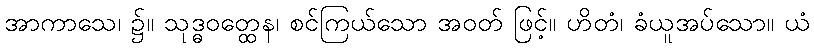
အာကာသေ၊ ၌။ သုဒ္ဓဝတ္ထေန၊ စင်ကြယ်သော အဝတ် ဖြင့်။ ဟိတံ၊ ခံယူအပ်သော။ ယံ